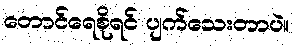
တောင်ရေစိုရင် ပျက်သေးတာပဲ။